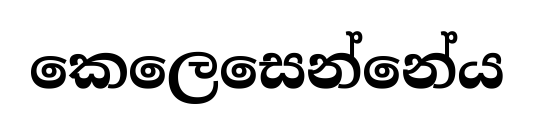
කෙලෙසෙන්නේය